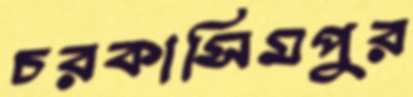
চরকাসিমপুর